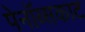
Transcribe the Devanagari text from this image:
पेनॉब्सकाट